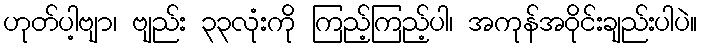
ဟုတ်ပါ့ဗျာ၊ ဗျည်း ၃၃လုံးကို ကြည့်ကြည့်ပါ၊ အကုန်အဝိုင်းချည်းပါပဲ။